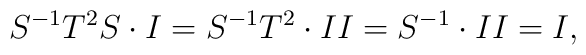
S^{-1}T^2S\cdot I=S^{-1}T^2\cdot II=S^{-1}\cdot II=I,